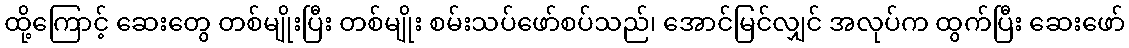
ထို့ကြောင့် ဆေးတွေ တစ်မျိုးပြီး တစ်မျိုး စမ်းသပ်ဖော်စပ်သည်၊ အောင်မြင်လျှင် အလုပ်က ထွက်ပြီး ဆေးဖော်